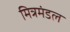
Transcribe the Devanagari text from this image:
मित्रमंडल